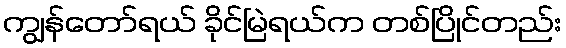
ကျွန်တော်ရယ် ခိုင်မြဲရယ်က တစ်ပြိုင်တည်း